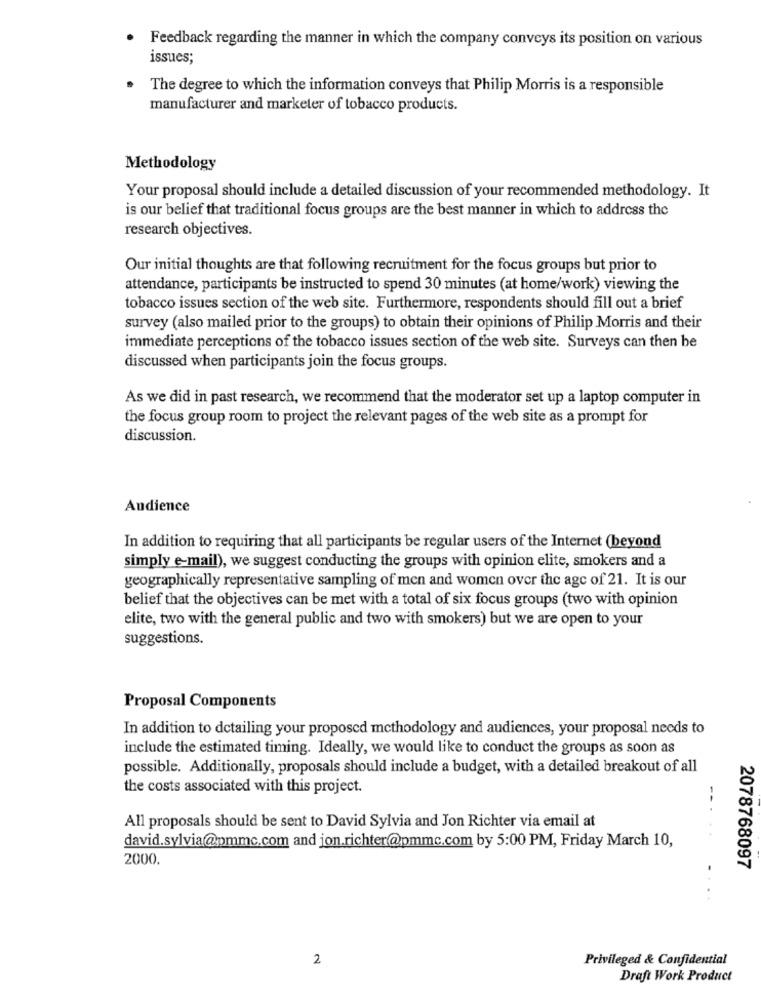
Feedback regarding the manner in which the company conveys its position on various
issues;
The degree to which the information conveys that Philip Morris is a responsible
manufacturer and marketer of tobacco products.
Methodology
Your proposal should include a detailed discussion of your recommended methodology. It
is our belief that traditional focus groups are the best manner in which to address the
research objectives.
Our initial thoughts are that following recruitment for the focus groups but prior to
attendance, participants be instructed to spend 30 minutes (at home/work) viewing the
tobacco issues section of the web site. Furthermore, respondents should fill out a brief
survey (also mailed prior to the groups) to obtain their opinions of Philip Morris and their
immediate perceptions of the tobacco issues section of the web site. Surveys can then be
discussed when participants join the focus groups.
As we did in past research, we recommend that the moderator set up a laptop computer in
the focus group room to project the relevant pages of the web site as a prompt for
discussion.
Audience
In addition to requiring that all participants be regular users of the Internet (beyond
simply e-mail), we suggest conducting the groups with opinion elite, smokers and a
geographically representative sampling of men and women over the age of 21. It is our
belief that the objectives can be met with a total of six focus groups (two with opinion
elite, two with the general public and two with smokers) but we are open to your
suggestions.
Proposal Components
In addition to detailing your proposed methodology and audiences, your proposal needs to
include the estimated timing. Ideally, we would like to conduct the groups as soon as
possible. Additionally, proposals should include a budget, with a detailed breakout of all
the costs associated with this project.
All proposals should be sent to David Sylvia and Jon Richter via email at
-....
david.sylvia@pmmc.com and jon.richter@pmmc.com by 5:00 PM, Friday March 10,
2000.
2078768097
2
Privileged & Confidential
Draft Work Product